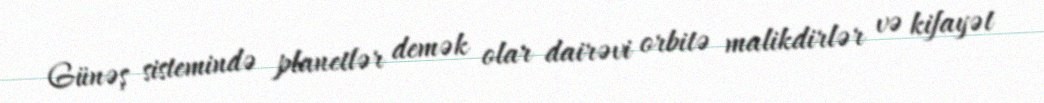
Günəş sistemində planetlər demək olar dairəvi orbitə malikdirlər və kifayət